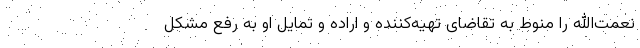
نعمت‌الله را منوط به تقاضای تهیه‌کننده و اراده و تمایل او به رفع مشکل